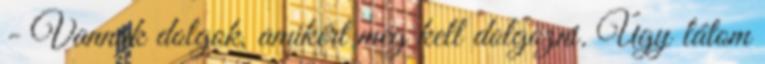
- Vannak dolgok, amikért meg kell dolgozni. Úgy látom